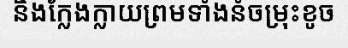
និងក្លែងក្លាយព្រមទាំងនំចម្រុះខូច